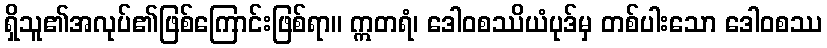
ရှိသူ၏အလုပ်၏ဖြစ်ကြောင်းဖြစ်ရာ။ ဣတရံ၊ ဒေါဝစဿိယံပုဒ်မှ တစ်ပါးသော ဒေါဝစဿ